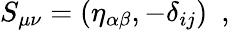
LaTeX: S_{\mu\nu}=(\eta_{\alpha\beta},-\delta_{ij})~~,